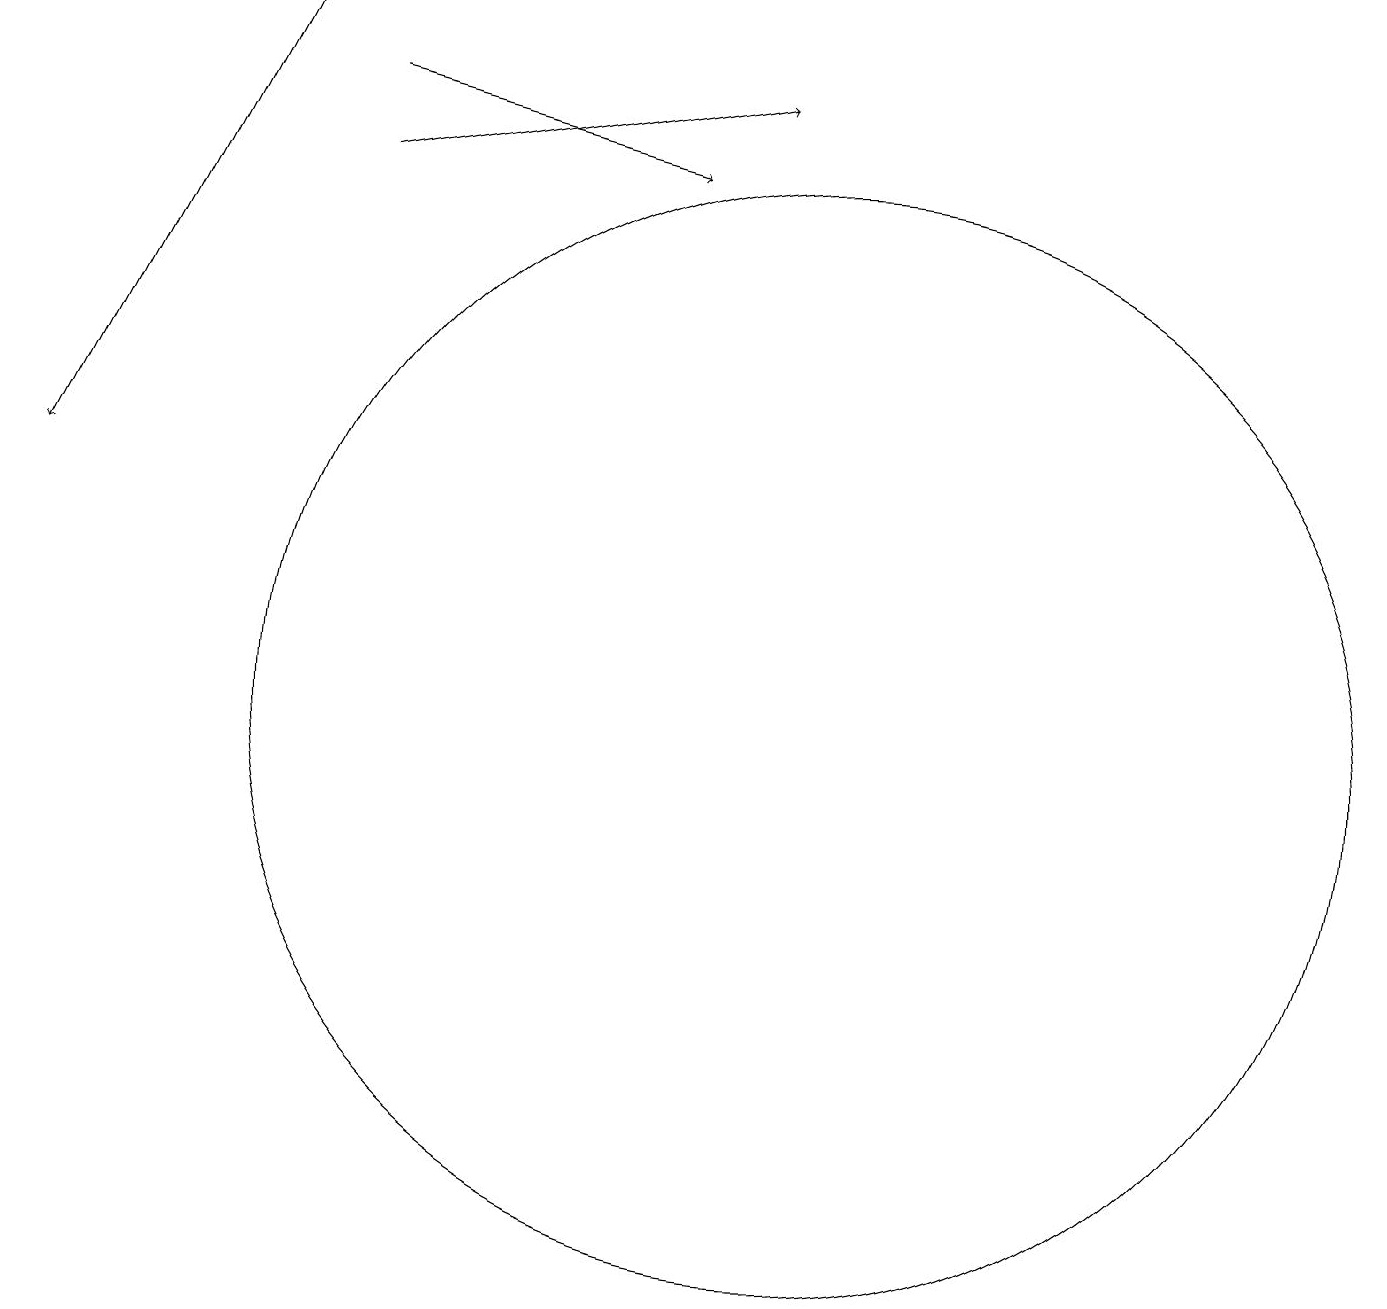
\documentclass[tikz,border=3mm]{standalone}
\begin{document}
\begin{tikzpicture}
\draw[->] (4,18) -- (8,17);
\draw[->] (4,17) -- (9,18);
\draw[->] (3,19) -- (0,13);
\draw (10,10) circle (7);
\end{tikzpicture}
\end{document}